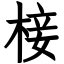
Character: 椄